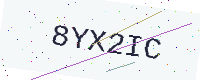
Text: 8YX2IC